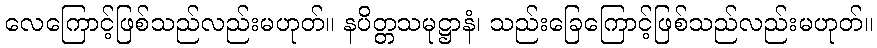
လေကြောင့်ဖြစ်သည်လည်းမဟုတ်။ နပိတ္တသမုဋ္ဌာနံ၊ သည်းခြေကြောင့်ဖြစ်သည်လည်းမဟုတ်။